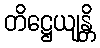
တိဋ္ဌေယျန္တိ